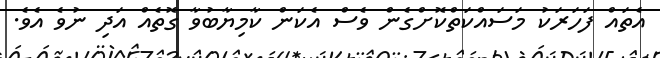
އެތައް ފަހަރަކު މަސައްކަތްކޮށްގެން ވެސް އެކަން ކާމިޔާބުވާ ގޮތެއް އަދި ނުވެ އެވެ.